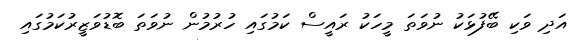
އަދި ވަކި ބޭފުޅަކު ނުވަތަ މީހަކު ރައީސް ކަމުގައި ހުރުމުން ނުވަތަ ބޮޑުވަޒީރުކަމުގައި